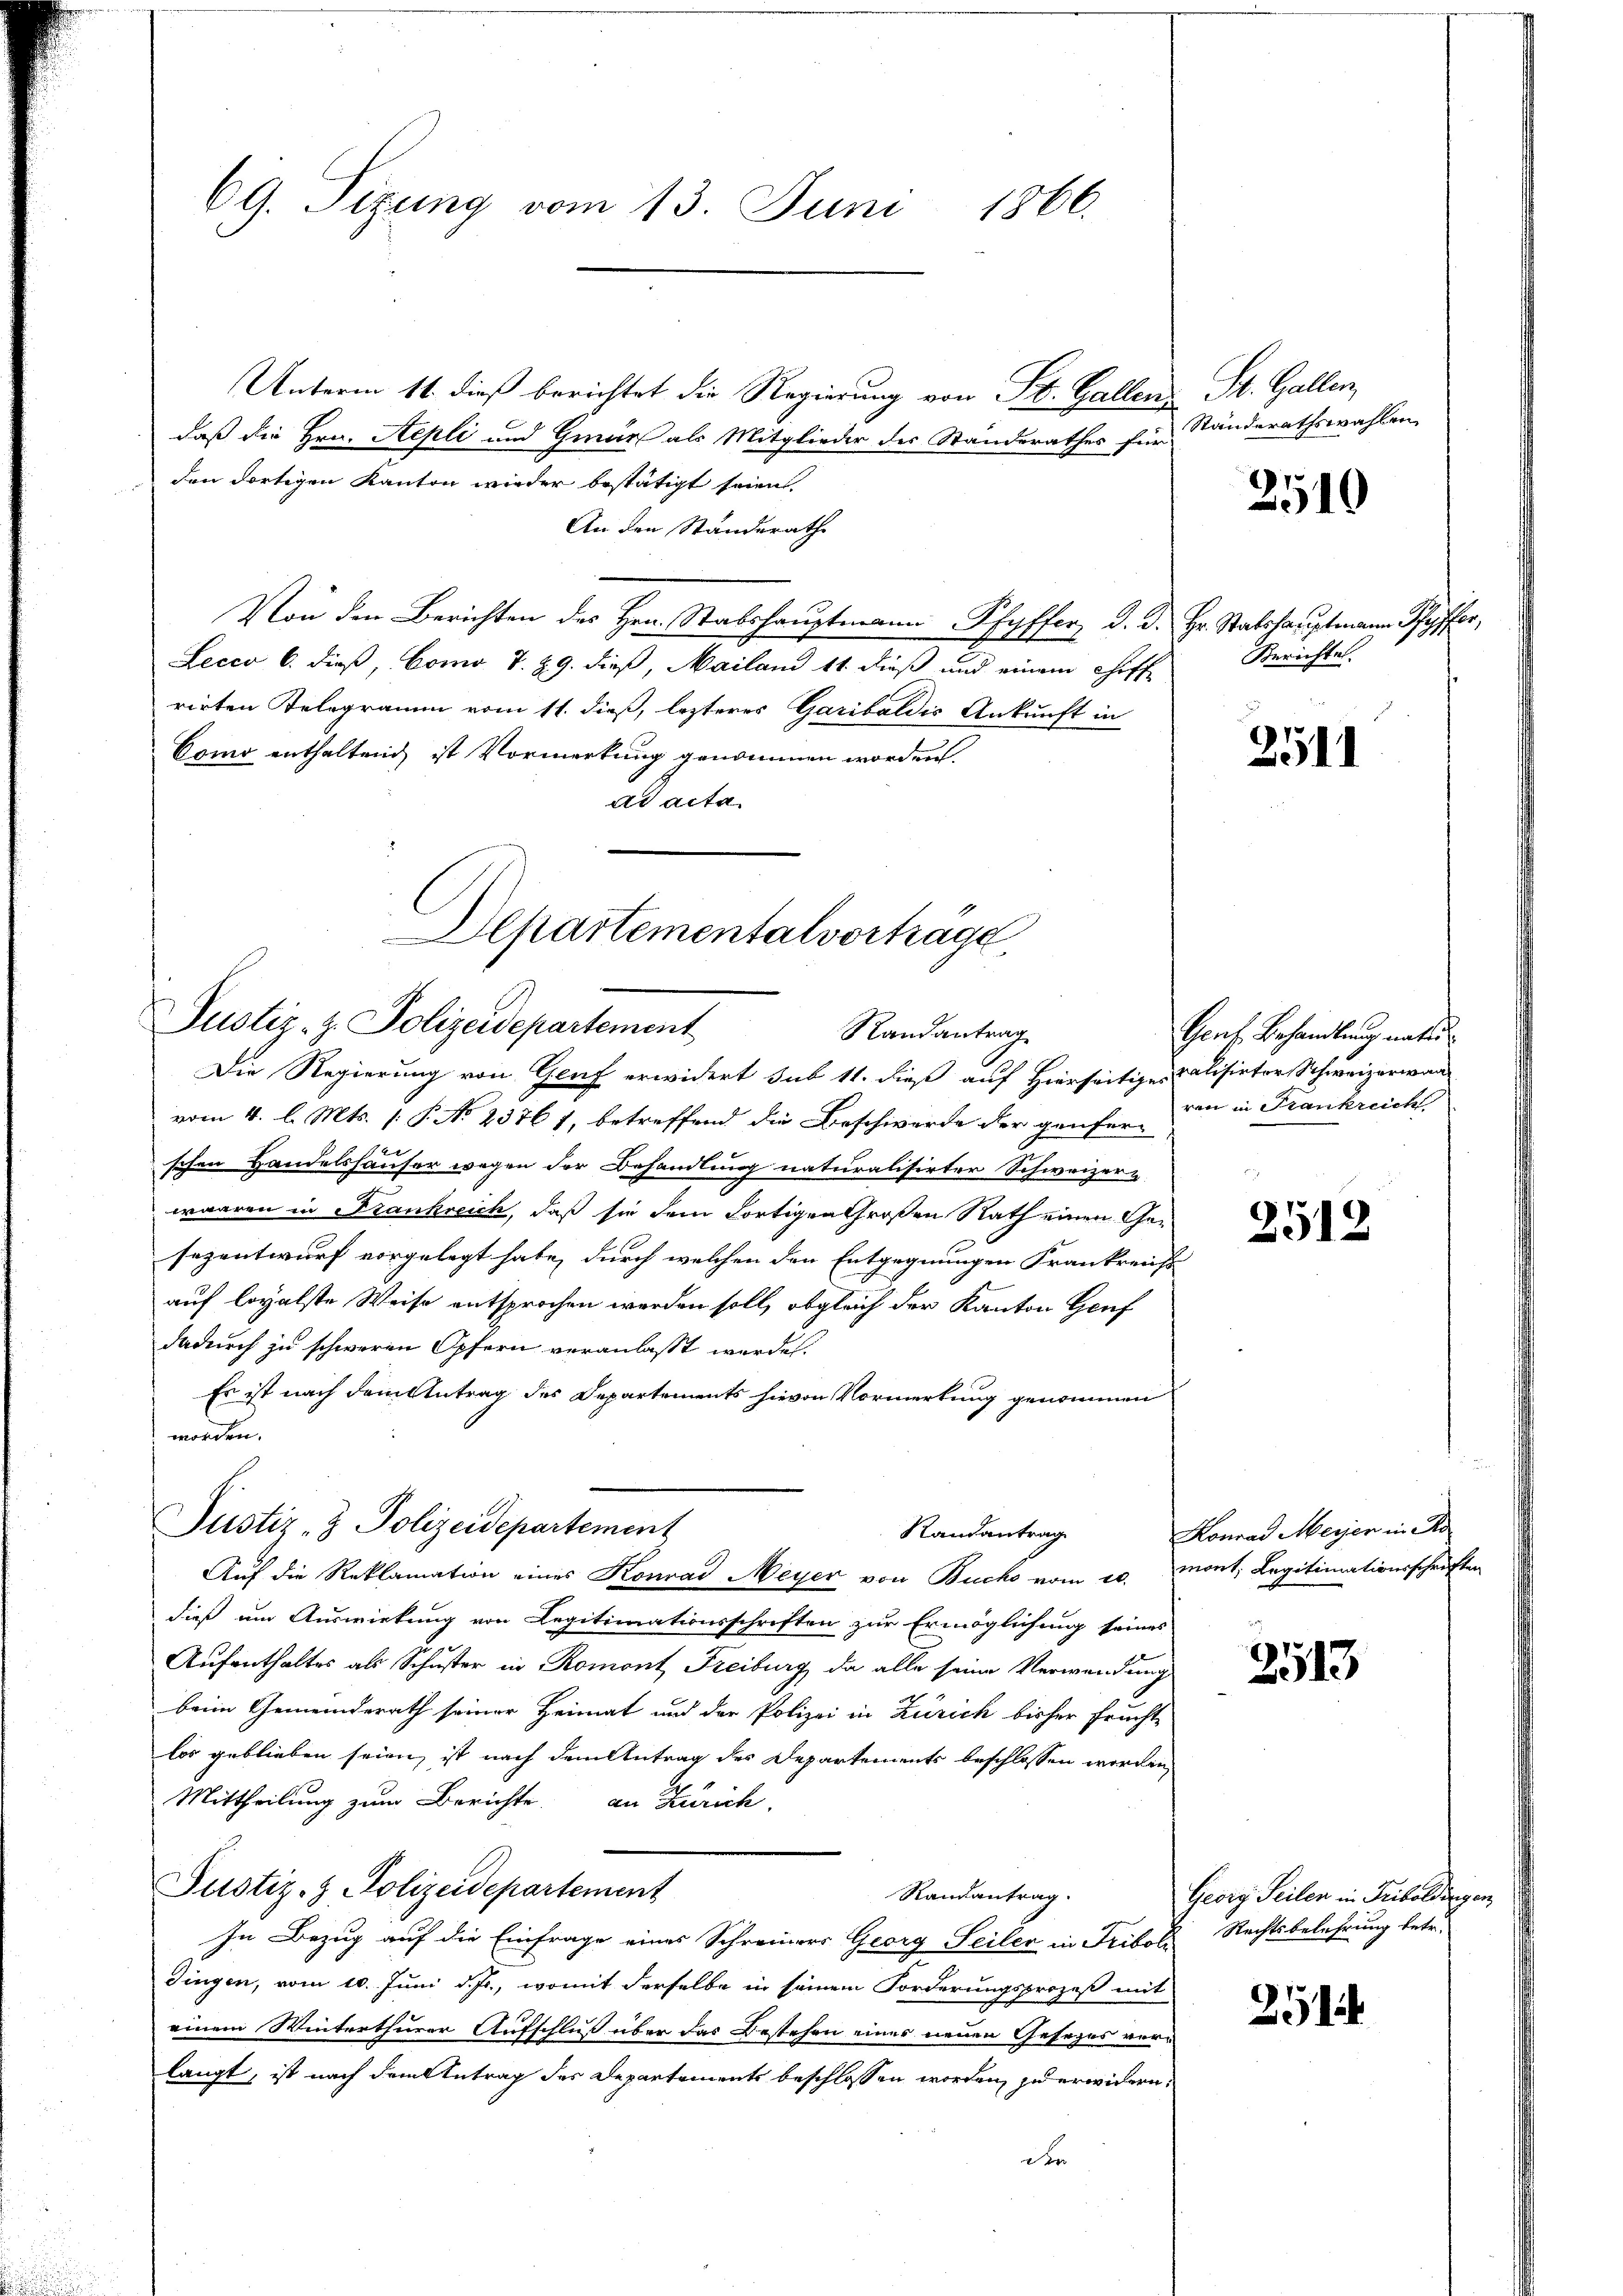
69. Sizung vom 13. Juni 1866.

Unterm 11. dieß berichtet die Regierung von St. Gallen St. Gallen,
daß die Hrn. Aepli und Gmür als Mitglieder des Standerathes für Standerathswahlen,
den dortigen Kanton wieder bestätigt seien.
An den Standerathe
Von den Berichten des Hrn. Stabshauptmann Pfyffer d. d. Hr. Statshauptmann Pfyffer,
Lecco 6. dieß, Como T. 29. dieß, Mailand 11. dieß und einem Chiff-
rirten Telegramm vom 11. dieß, lezterer Garibaldis Ankunft in
Como enthaltend ist Vormerkung genommen worden.
ad acta
ADepartementalvortrage

Justiz- z. Polizeidepartement
Randantrag
Die Regierung von Genf erwidert sub 11. dieß auf Hierseitige Calisirter Schweizerwan

Justiz- & Polizeidepartement

vom 4. l. Mts. (: P. No 2376 f, betreffend die Beschwerde der genfer in in Frankreicht
schen Handelshäuser wegen der Behandlung naturalisirter Schweizer-
waaren in Frankreich, daß sie dem Fortigen Großen Rath einen Gesezentwurf vorgelegt habe, durch welchen den Entgegnungen Frankreiss
auf loyalste Weise entsprochen werden soll, obgleich der Kanton Genf
dadurch zu schweren Opfern veranlaßt werden.
Es ist nach dem Antrag des Departements hievon Vormerkung genommen
worden.
Randantrag
Auf die Reklamation eines Konrad Meyer von Buchs vom 20. mont, Legitimationsschriften
dieß um Auswirkung von Legitimationsschriften zur Ermöglichung seines
Aufenthaltes als Schuster in Romont Freiburg, da alle seine Verwendung
beim Gemeinderath seiner Heimat und der Polizei in Zürich bisher Frucht
los geblieben seien, ist nach dem Antrag des Departements beschlossen worden,
Mittheilung zum Berichte an Zürich,
Justiz- & Polizeidepartement
Randantrag.
In Bezug auf die Einfrage eines Schreiners Georg Seiler in Fribol Rechtsbelehrung betr.
Dingen, vom 10. Juni d. Js., womit derselbe in seinem Forderungsprozeß mit
einem Winterthurer Aufschluß über das Bestehen eines neuen Gesezes verlangt, ist nach dem Antrag des Departements beschlossen worden, zu erwidern,
Der

2510

Berichte.

2511

Gent Behandlung mater

2512

Konrad Meyer in Re

2513

Georg Seilen in Friboldingen

251